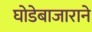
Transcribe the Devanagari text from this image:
घोडेबाजाराने